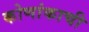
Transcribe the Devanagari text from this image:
कोणांकाची